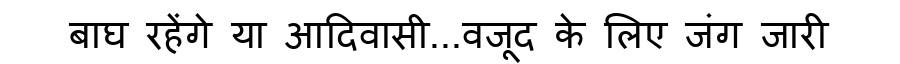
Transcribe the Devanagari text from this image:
बाघ रहेंगे या आदिवासी...वजूद के लिए जंग जारी